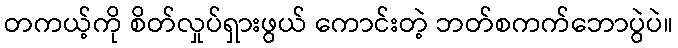
တကယ့်ကို စိတ်လှုပ်ရှားဖွယ် ကောင်းတဲ့ ဘတ်စကက်ဘောပွဲပဲ။